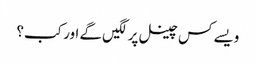
ویسے کس چینل پر لگیں گے اور کب؟